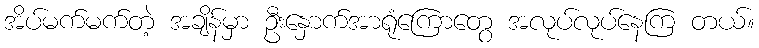
အိပ်မက်မက်တဲ့ အချိန်မှာ ဦးနှောက်အာရုံကြောတွေ အလုပ်လုပ်နေကြ တယ်။